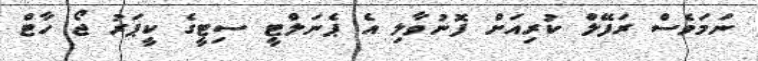
ނަމަވެސް ރަފޭލް ކުރިއަށް ފޮނުވާލި އެ ޕެނަލްޓީ ސިޓީގެ ކީޕަރު ޖޯ ހާޓް